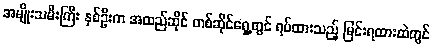
အမျိုးသမီးကြီး နှစ်ဦးက အထည်ဆိုင် တစ်ဆိုင်ရှေ့တွင် ရပ်ထားသည့် မြင်းရထားထဲတွင်